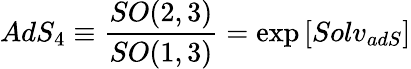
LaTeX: AdS_{4}\equiv\frac{SO(2,3)}{SO(1,3)}=\exp\left[Solv_{adS}\right]